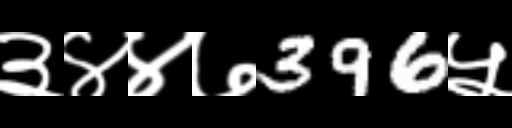
Text: ३४४७396५